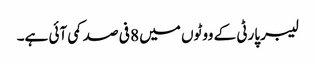
لیبر پارٹی کے ووٹوں میں 8 فی صد کمی آئی ہے۔